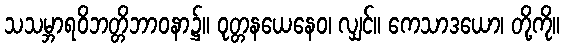
သသမ္ဘာရဝိဘတ္တိဘာဝနာ၌။ ဝုတ္တနယေနေဝ၊ လျှင်။ ကေသာဒယော၊ တို့ကို။